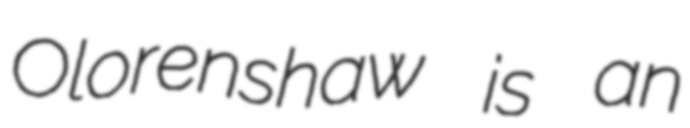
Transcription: Olorenshaw is an